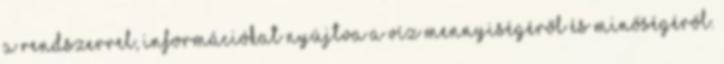
a rendszerrel, információkat nyújtva a víz mennyiségéről és minőségéről.